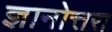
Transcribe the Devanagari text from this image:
ज्ञानोत्तरा